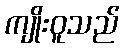
ကျိုးဝူသည်